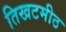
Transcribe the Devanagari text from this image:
तिखटमीठ